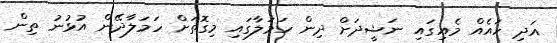
އަދި ހައެއް މެއިގައި ނަޝީދަށް ދިން ހަމަލާގައި މިގޮތަށް ހަމަލާދޭން އުޅުނު ތިން